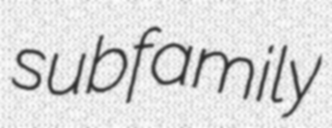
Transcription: subfamily